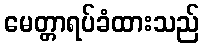
မေတ္တာရပ်ခံထားသည်